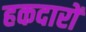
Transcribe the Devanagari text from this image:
हकदारों